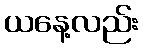
ယနေ့လည်း